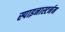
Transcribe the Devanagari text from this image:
स्पाइनास्टर्नम